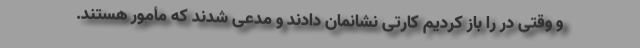
و وقتی در را باز کردیم کارتی نشانمان دادند و مدعی شدند که مأمور هستند.